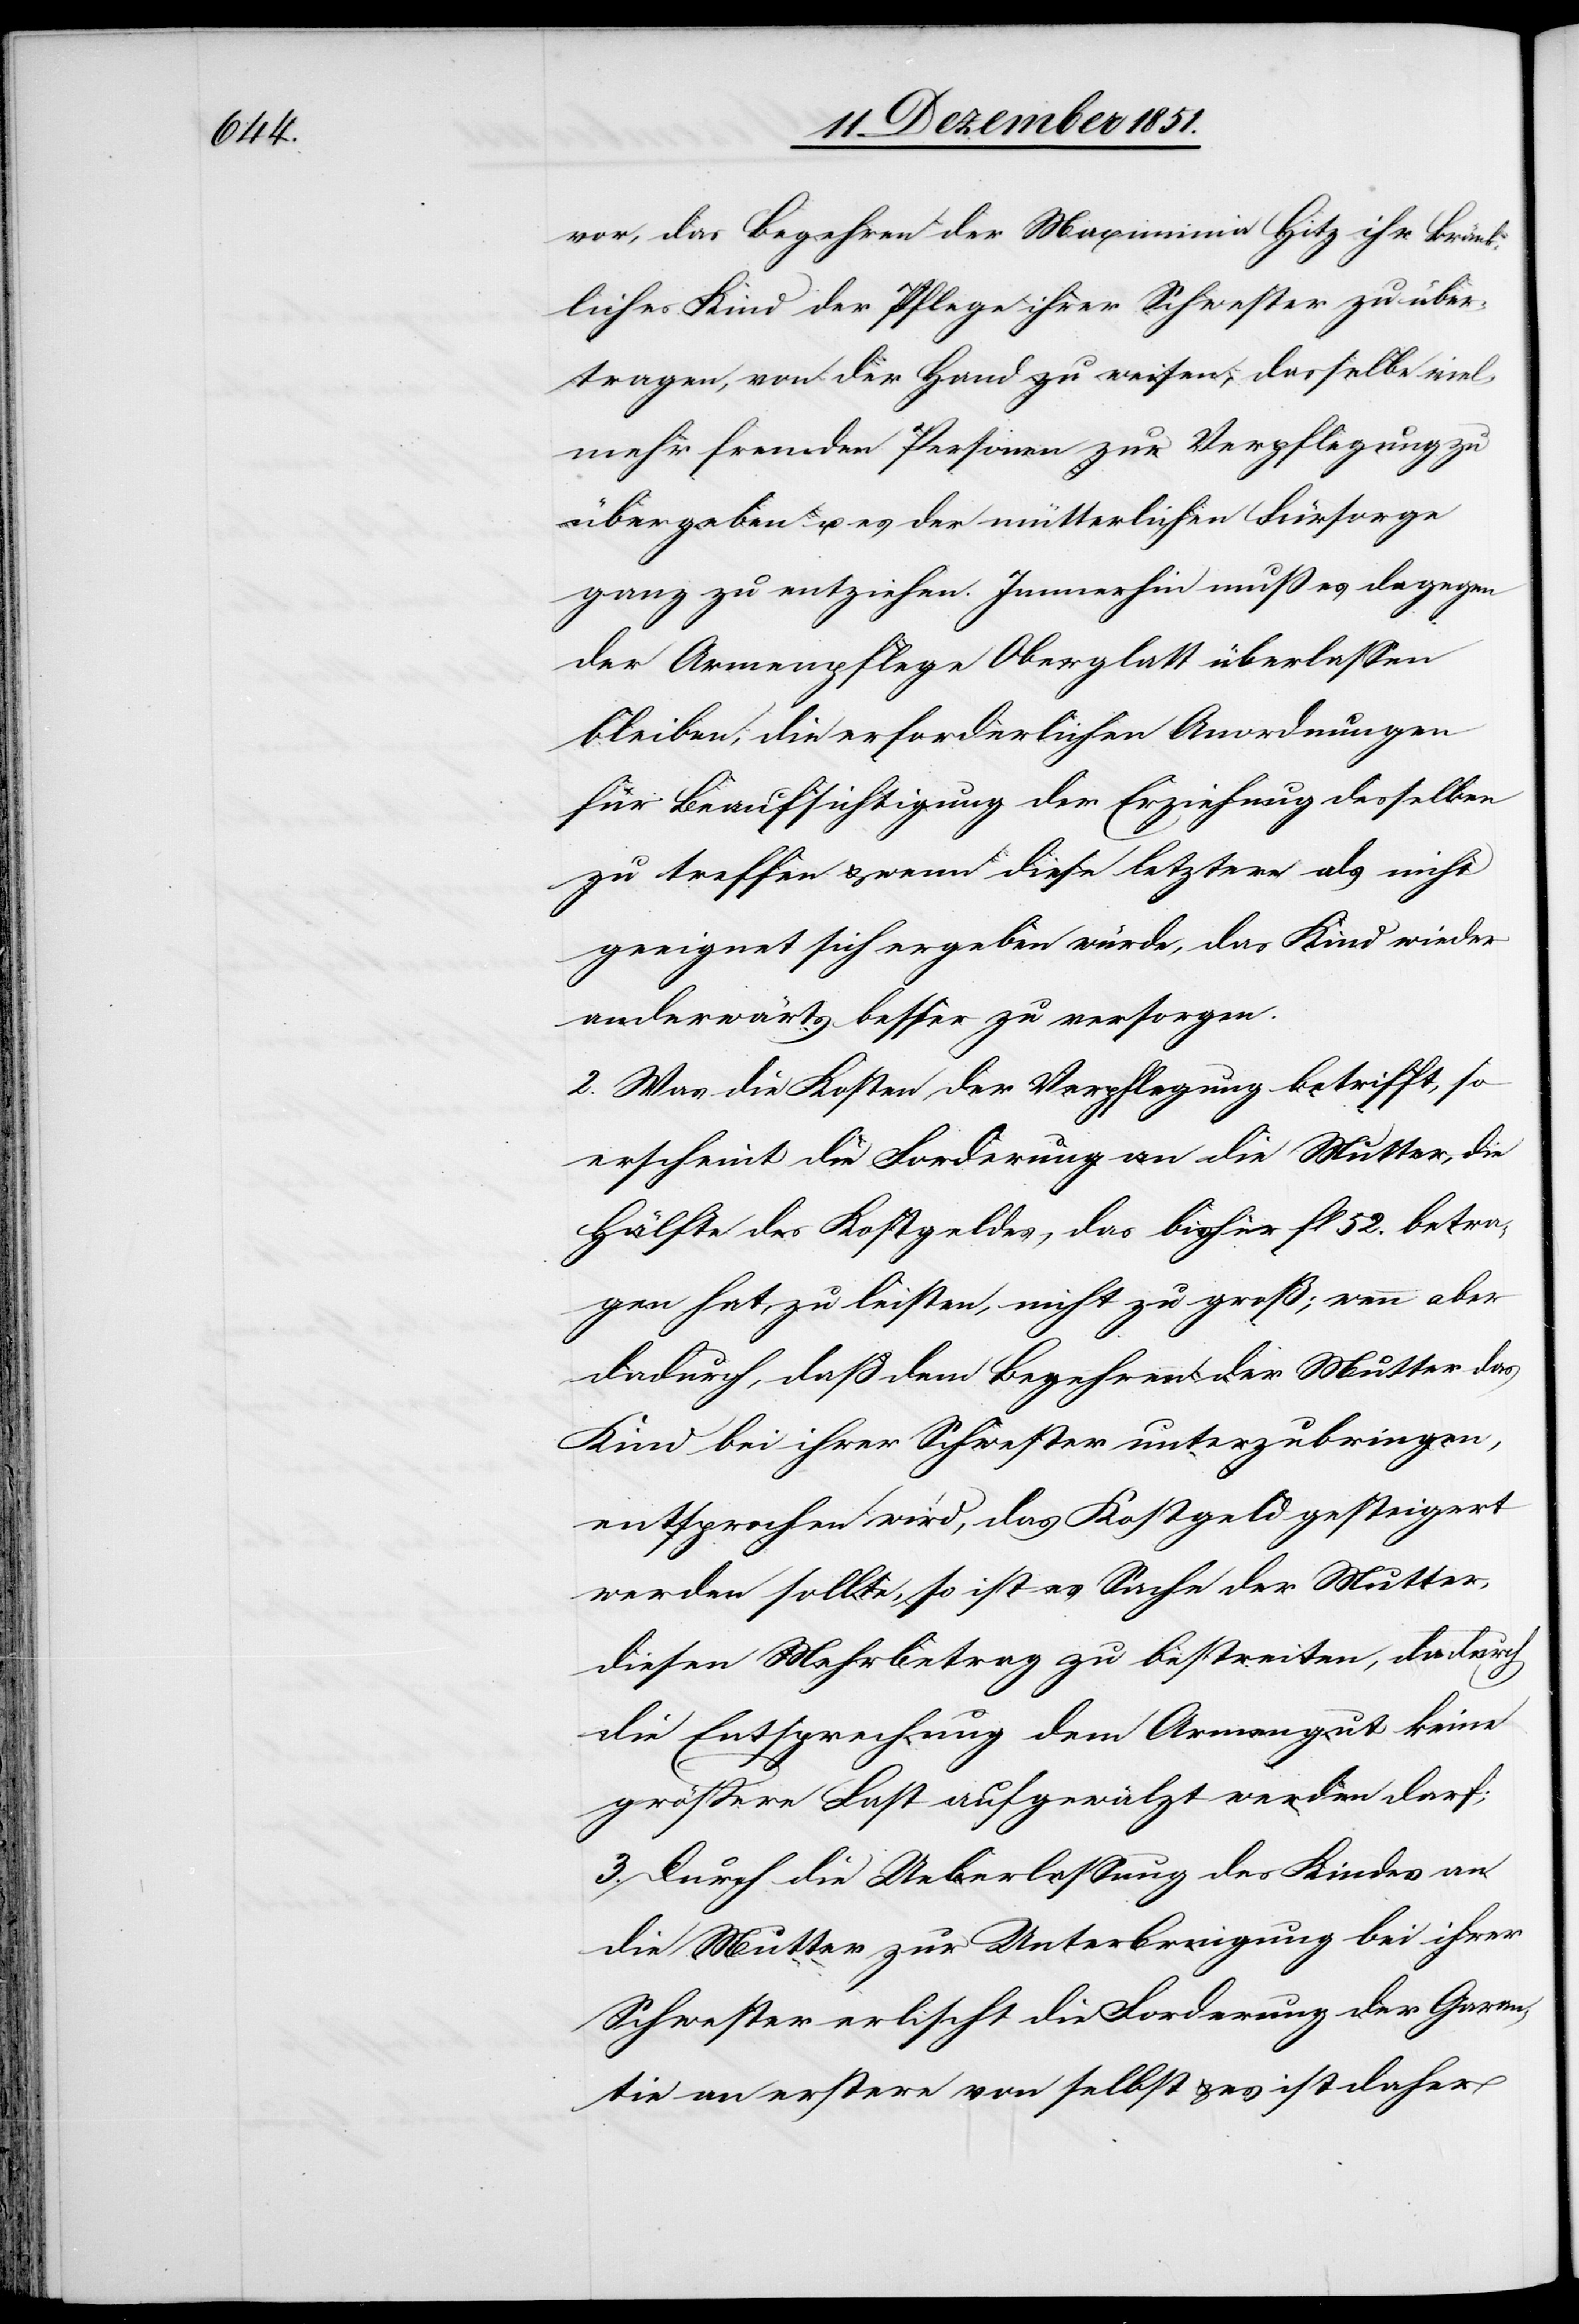
vor, das Begehren der Maximinia Hitz ihr kränk¬
liches Kind der Pflege ihrer Schwester zu über¬
tragen, von der Hand zu weisen, dasselbe viel¬
mehr fremden Personen zur Verpflegung zu
übergeben u. es der mütterlichen Fürsorge
ganz zu entziehen. Immerhin muß es dagegen
der Armenpflege Oberglatt überlassen
bleiben, die erforderlichen Anordnungen
für Beaufsichtigung der Erziehung desselben
zu treffen & wenn diese letztere als nicht
geeignet sich ergeben würde, das Kind wieder
anderwärts besser zu versorgen.
2. Was die Kosten der Verpflegung betrifft, so
erscheint die Forderung an die Mutter, die
Hälfte des Kostgeldes, das bisher fl 52. betra¬
gen hat, zu leisten, nicht zu groß; wenn aber
dadurch, daß dem Begehren der Mutter das
Kind bei ihrer Schwester unterzubringen,
entsprochen wird, das Kostgeld gesteigert
werden sollte, so ist es Sache der Mutter,
diesen Mehrbetrag zu bestreiten, da durch
die Entsprechung dem Armengut keine
größere Last aufgewälzt werden darf;
3. Durch die Ueberlassung des Kindes an
die Mutter zur Unterbringung bei ihrer
Schwester erlischt die Forderung der Garan¬
tie an erstere von selbst & es ist daher